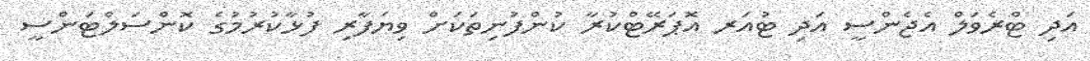
އަދި ޓްރެވަލް އެޖެންސީ އަދި ޓުއަރ އޮޕަރޭޓްކުރާ ކުންފުނިތަކަށް ވިޔަފާރި ފުޅާކުރުމުގެ ކޮންސަލްޓަންސީ